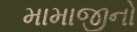
મામાજીનો